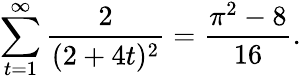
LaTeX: \sum_{t=1}^{\infty}\frac{2}{(2+4t)^{2}}=\frac{\pi^{2}-8}{16}.